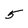
Character: 5